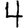
Digit: 4